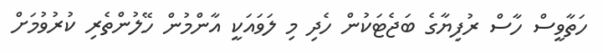
ހަތާވީސް ހާސް ރުފިޔާގެ ބަޖެޓަކުން ހެދި މި ލަވައަކީ އާންމުން ހޭލުންތެރި ކުރުވުމަށް